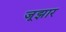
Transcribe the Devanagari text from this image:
जूझार